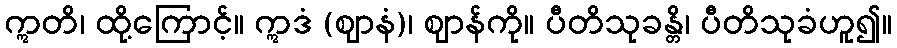
ဣတိ၊ ထို့ကြောင့်။ ဣဒံ (ဈာနံ)၊ ဈာန်ကို။ ပီတိသုခန္တိ၊ ပီတိသုခံဟူ၍။